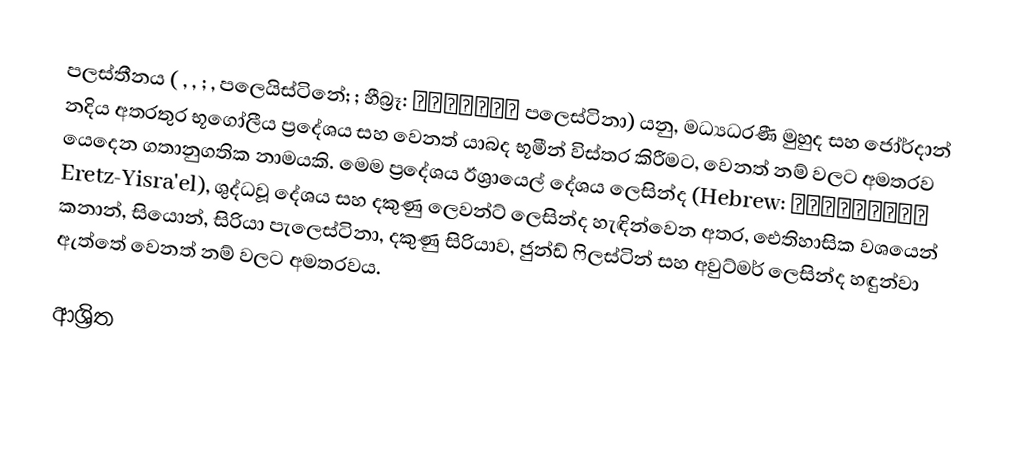
පලස්තීනය ( , , ; , පලෙයිස්ටිනේ; ; හීබ්‍රෑ: פלשתינה පලෙස්ටිනා) යනු, මධ්‍යධරණී මුහුද සහ ජෝර්දාන් නදිය අතරතුර භූගෝලීය ප්‍රදේශය සහ වෙනත් යාබද භූමීන් විස්තර කිරීමට,  වෙනත් නම් වලට අමතරව යෙදෙන ගතානුගතික නාමයකි.  මෙම ප්‍රදේශය ඊශ්‍රායෙල් දේශය  ලෙසින්ද (Hebrew: ארץ־ישראל Eretz-Yisra'el), ශුද්ධවූ දේශය සහ දකුණු ලෙවන්ට් ලෙසින්ද හැඳින්වෙන අතර, ඓතිහාසික වශයෙන් කනාන්, සියොන්, සිරියා පැලෙස්ටිනා, දකුණු සිරියාව, ජුන්ඩ් ෆිලස්ටින් සහ අවුට්මර් ලෙසින්ද හඳුන්වා ඇත්තේ වෙනත් නම් වලට අමතරවය.

ආශ්‍රිත